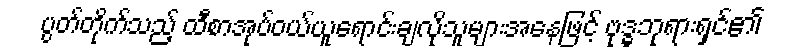
ပွတ်တိုက်သည့် ထီစာအုပ်ဝယ်ယူရောင်းချလိုသူများအနေဖြင့် ဗုဒ္ဓဘုရားရှင်၏